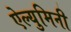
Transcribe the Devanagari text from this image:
ऐल्युमिनी